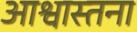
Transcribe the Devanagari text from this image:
आश्वास्तना